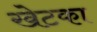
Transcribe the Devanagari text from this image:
खेटका